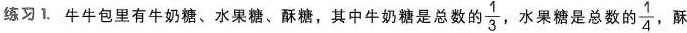
练习1. 牛牛包里有牛奶糖、水果糖、酥糖，其中牛奶糖是总数的\frac{1}{3}，水果糖是总数的\frac{1}{4},酥